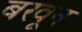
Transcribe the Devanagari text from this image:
बरवून